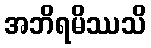
အဘိရမိဿသိ